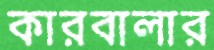
কারবালার